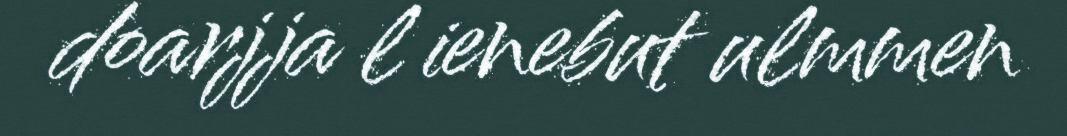
doarjja l ienebut ulmmen